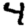
Digit: 4